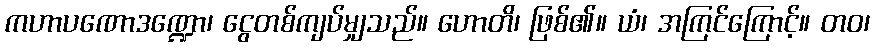
ကဟာပဏောဒဏ္ဍော၊ ငွေတစ်ကျပ်မျှသည်။ ဟောတိ၊ ဖြစ်၏။ ယံ၊ အကြင်ကြောင့်။ တဝ၊